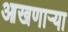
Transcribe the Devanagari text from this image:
आखणार्‍या